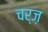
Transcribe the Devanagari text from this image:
चर्ज़